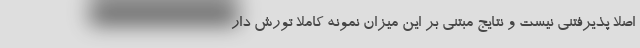
اصلا پذیرفتنی نیست و نتایج مبتنی بر این میزان نمونه کاملا تورش دار